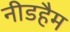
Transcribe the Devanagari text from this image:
नीडहैम